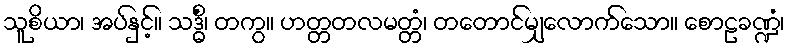
သူစိယာ၊ အပ်နှင့်။ သဒ္ဓိံ၊ တကွ။ ဟတ္တတလမတ္တံ၊ တတောင်မျှလောက်သော။ စောဠခဏ္ဍံ၊